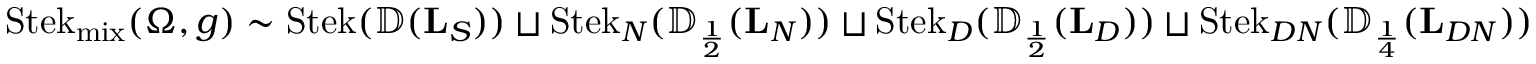
\operatorname { S t e k } _ { \operatorname { m i x } } ( \Omega , g ) \sim \operatorname { S t e k } ( { \mathbb { D } } ( \mathbf L _ { S } ) ) \sqcup \operatorname { S t e k } _ { N } ( { \mathbb { D } } _ { \scriptscriptstyle { \frac { 1 } { 2 } } } ( \mathbf L _ { N } ) ) \sqcup \operatorname { S t e k } _ { D } ( { \mathbb { D } } _ { \scriptscriptstyle { \frac { 1 } { 2 } } } ( \mathbf L _ { D } ) ) \sqcup \operatorname { S t e k } _ { D N } ( { \mathbb { D } } _ { \scriptscriptstyle { \frac { 1 } { 4 } } } ( \mathbf L _ { D N } ) )